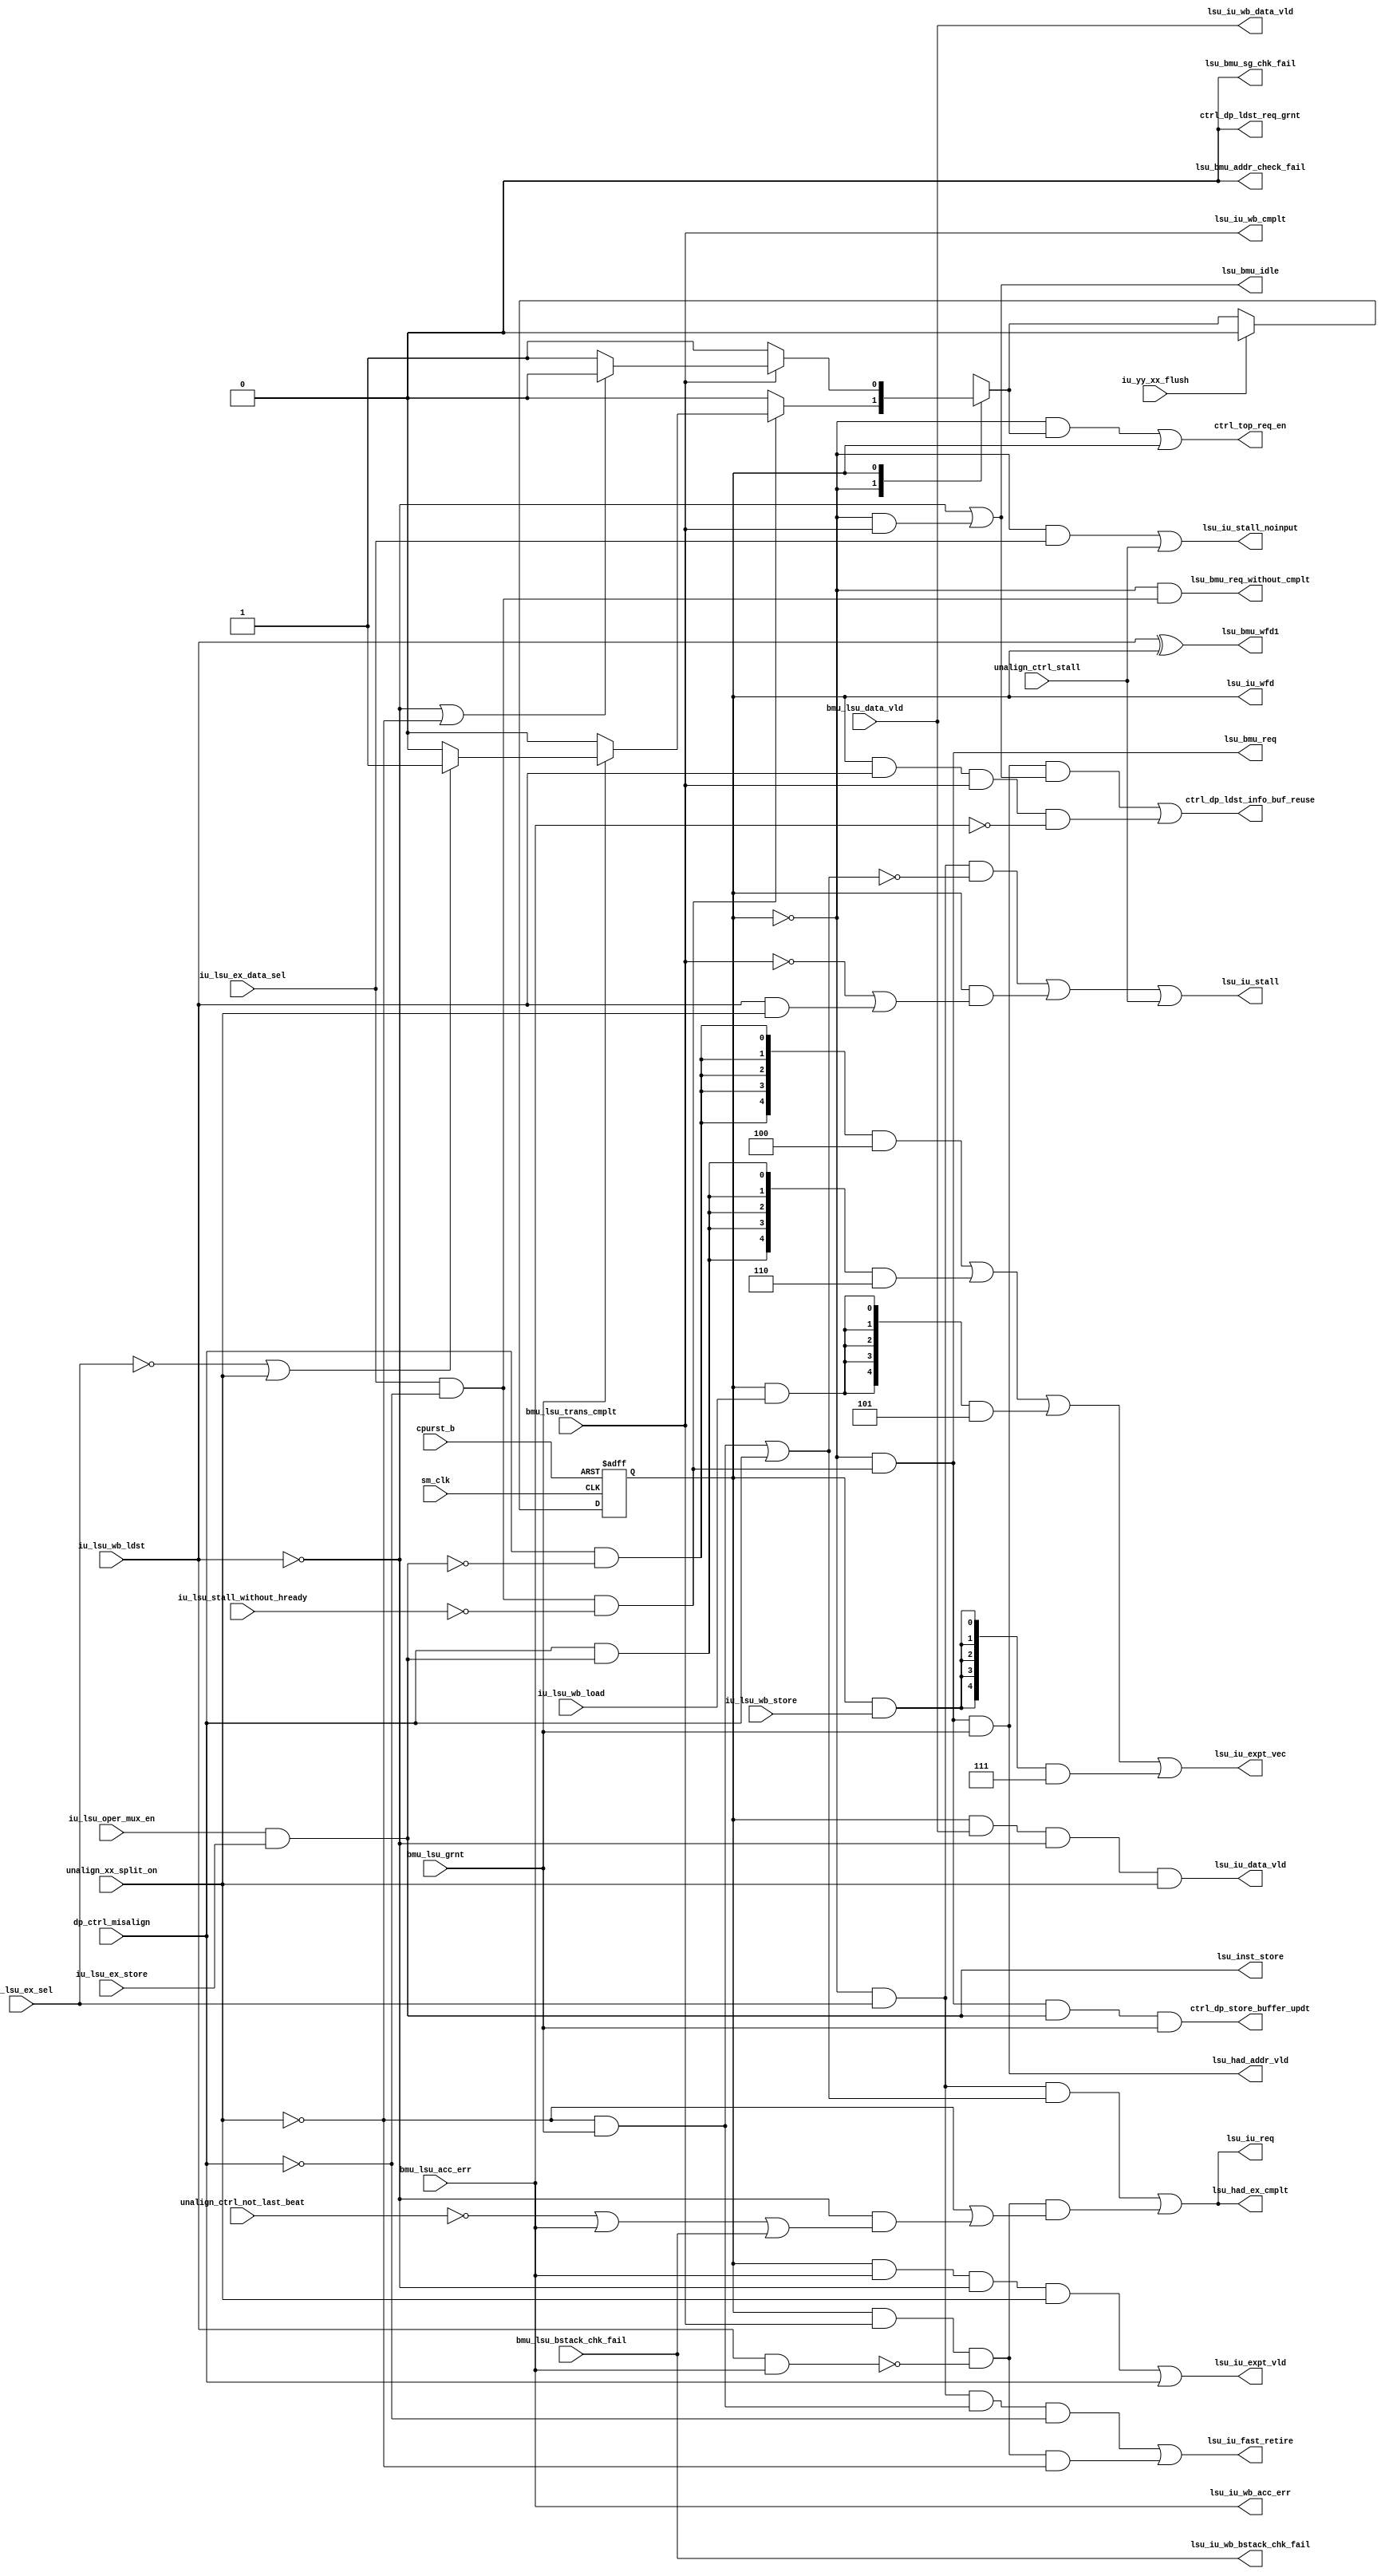
// This program was cloned from: https://github.com/T-head-Semi/opene902
// License: Apache License 2.0

/*Copyright 2018-2021 T-Head Semiconductor Co., Ltd.

Licensed under the Apache License, Version 2.0 (the "License");
you may not use this file except in compliance with the License.
You may obtain a copy of the License at

    http://www.apache.org/licenses/LICENSE-2.0

Unless required by applicable law or agreed to in writing, software
distributed under the License is distributed on an "AS IS" BASIS,
WITHOUT WARRANTIES OR CONDITIONS OF ANY KIND, either express or implied.
See the License for the specific language governing permissions and
limitations under the License.
*/

// &ModuleBeg; @22
module cr_lsu_ctrl(
  bmu_lsu_acc_err,
  bmu_lsu_bstack_chk_fail,
  bmu_lsu_data_vld,
  bmu_lsu_grnt,
  bmu_lsu_trans_cmplt,
  cpurst_b,
  ctrl_dp_ldst_info_buf_reuse,
  ctrl_dp_ldst_req_grnt,
  ctrl_dp_store_buffer_updt,
  ctrl_top_req_en,
  dp_ctrl_misalign,
  iu_lsu_ex_data_sel,
  iu_lsu_ex_sel,
  iu_lsu_ex_store,
  iu_lsu_oper_mux_en,
  iu_lsu_stall_without_hready,
  iu_lsu_wb_ldst,
  iu_lsu_wb_load,
  iu_lsu_wb_store,
  iu_yy_xx_flush,
  lsu_bmu_addr_check_fail,
  lsu_bmu_idle,
  lsu_bmu_req,
  lsu_bmu_req_without_cmplt,
  lsu_bmu_sg_chk_fail,
  lsu_bmu_wfd1,
  lsu_had_addr_vld,
  lsu_had_ex_cmplt,
  lsu_inst_store,
  lsu_iu_data_vld,
  lsu_iu_expt_vec,
  lsu_iu_expt_vld,
  lsu_iu_fast_retire,
  lsu_iu_req,
  lsu_iu_stall,
  lsu_iu_stall_noinput,
  lsu_iu_wb_acc_err,
  lsu_iu_wb_bstack_chk_fail,
  lsu_iu_wb_cmplt,
  lsu_iu_wb_data_vld,
  lsu_iu_wfd,
  sm_clk,
  unalign_ctrl_not_last_beat,
  unalign_ctrl_stall,
  unalign_xx_split_on
);

// &Ports; @23
input          bmu_lsu_acc_err;            
input          bmu_lsu_bstack_chk_fail;    
input          bmu_lsu_data_vld;           
input          bmu_lsu_grnt;               
input          bmu_lsu_trans_cmplt;        
input          cpurst_b;                   
input          dp_ctrl_misalign;           
input          iu_lsu_ex_data_sel;         
input          iu_lsu_ex_sel;              
input          iu_lsu_ex_store;            
input          iu_lsu_oper_mux_en;         
input          iu_lsu_stall_without_hready; 
input          iu_lsu_wb_ldst;             
input          iu_lsu_wb_load;             
input          iu_lsu_wb_store;            
input          iu_yy_xx_flush;             
input          sm_clk;                     
input          unalign_ctrl_not_last_beat; 
input          unalign_ctrl_stall;         
input          unalign_xx_split_on;        
output         ctrl_dp_ldst_info_buf_reuse; 
output         ctrl_dp_ldst_req_grnt;      
output         ctrl_dp_store_buffer_updt;  
output         ctrl_top_req_en;            
output         lsu_bmu_addr_check_fail;    
output         lsu_bmu_idle;               
output         lsu_bmu_req;                
output         lsu_bmu_req_without_cmplt;  
output         lsu_bmu_sg_chk_fail;        
output         lsu_bmu_wfd1;               
output         lsu_had_addr_vld;           
output         lsu_had_ex_cmplt;           
output         lsu_inst_store;             
output         lsu_iu_data_vld;            
output  [4:0]  lsu_iu_expt_vec;            
output         lsu_iu_expt_vld;            
output         lsu_iu_fast_retire;         
output         lsu_iu_req;                 
output         lsu_iu_stall;               
output         lsu_iu_stall_noinput;       
output         lsu_iu_wb_acc_err;          
output         lsu_iu_wb_bstack_chk_fail;  
output         lsu_iu_wb_cmplt;            
output         lsu_iu_wb_data_vld;         
output         lsu_iu_wfd;                 

// &Regs; @24
reg            cur_state;                  
reg            next_state;                 

// &Wires; @25
wire           bmu_lsu_acc_err;            
wire           bmu_lsu_bstack_chk_fail;    
wire           bmu_lsu_data_vld;           
wire           bmu_lsu_grnt;               
wire           bmu_lsu_trans_cmplt;        
wire           cpurst_b;                   
wire           ctrl_dp_ldst_info_buf_reuse; 
wire           ctrl_dp_ldst_req_grnt;      
wire           ctrl_dp_store_buffer_updt;  
wire           ctrl_top_req_en;            
wire           dp_ctrl_misalign;           
wire           fast_retire_grnt;           
wire           idle_retire;                
wire           iu_lsu_ex_data_sel;         
wire           iu_lsu_ex_sel;              
wire           iu_lsu_ex_store;            
wire           iu_lsu_oper_mux_en;         
wire           iu_lsu_stall_without_hready; 
wire           iu_lsu_wb_ldst;             
wire           iu_lsu_wb_load;             
wire           iu_lsu_wb_store;            
wire           iu_yy_xx_flush;             
wire           lsu_addr_chk_fail;          
wire           lsu_bmu_addr_check_fail;    
wire           lsu_bmu_idle;               
wire           lsu_bmu_req;                
wire           lsu_bmu_req_without_cmplt;  
wire           lsu_bmu_sg_chk_fail;        
wire           lsu_bmu_wfd1;               
wire           lsu_dbus_req;               
wire           lsu_fast_retire;            
wire           lsu_had_addr_vld;           
wire           lsu_had_ex_cmplt;           
wire           lsu_inst_store;             
wire           lsu_iu_data_vld;            
wire    [4:0]  lsu_iu_expt_vec;            
wire           lsu_iu_expt_vld;            
wire           lsu_iu_fast_retire;         
wire           lsu_iu_req;                 
wire           lsu_iu_req_wait_data;       
wire           lsu_iu_stall;               
wire           lsu_iu_stall_noinput;       
wire           lsu_iu_wb_acc_err;          
wire           lsu_iu_wb_bstack_chk_fail;  
wire           lsu_iu_wb_cmplt;            
wire           lsu_iu_wb_data_vld;         
wire           lsu_iu_wfd;                 
wire           lsu_sel_without_cmplt;      
wire           lsu_sel_without_hready;     
wire           lsu_trans_cmplt;            
wire           lsu_wb_acc_err;             
wire           sm_clk;                     
wire           unalign_ctrl_not_last_beat; 
wire           unalign_ctrl_stall;         
wire           unalign_xx_split_on;        


parameter IDLE       = 1'b0;
parameter WAIT_DATA  = 1'b1;

//==========================================================
//                 Instance of Gated Cell  
//==========================================================
assign ctrl_top_req_en = (cur_state == IDLE) && (next_state == WAIT_DATA)
                      || (cur_state != IDLE);
//&Instance("gated_clk_cell", "x_req_gated_clk");
// //&Connect(.clk_in      (forever_cpuclk), @36
// //         .external_en (1'b0), @37
// //         .global_en   (cp0_yy_clk_en), @38
// //         .module_en   (randclk_ctrl_req_mod_en_w2), @39
// //         .local_en    (req_en), @40
// //         .clk_out     (reqclk)); @41

// &Instance("gated_clk_cell", "x_bsp_gated_clk"); @48
// &Connect(.clk_in      (forever_cpuclk), @49
//          .external_en (1'b0), @50
//          .global_en   (cp0_yy_clk_en), @51
//          .module_en   (randclk_ctrl_bsp_mod_en_w2), @52
//          .local_en    (bsp_en), @53
//          .clk_out     (bspclk)); @54

parameter MISL_VEC=5'b00100, MISS_VEC=5'b00110,
          ACCL_VEC=5'b00101, ACCS_VEC=5'b00111;

//==========================================================
//               request to d-bus
//==========================================================

//-----------------------------------------------
// address check before request
//-----------------------------------------------
assign lsu_addr_chk_fail = 1'b0;

//-----------------------------------------------
// request control flow signals
//-----------------------------------------------
//assign lsu_sel = iu_lsu_ex_sel && !dp_ctrl_misalign;
assign lsu_sel_without_hready = iu_lsu_ex_data_sel && !dp_ctrl_misalign
                                && !iu_lsu_stall_without_hready;
assign lsu_bmu_addr_check_fail = lsu_addr_chk_fail;

assign lsu_sel_without_cmplt = iu_lsu_ex_data_sel && !dp_ctrl_misalign;

// &Force("output","lsu_inst_store"); @85
assign lsu_inst_store = iu_lsu_oper_mux_en && iu_lsu_ex_store;

assign lsu_fast_retire = !unalign_xx_split_on;

assign fast_retire_grnt = lsu_fast_retire && bmu_lsu_grnt;


//-----------------------------------------------
//   Handling the dbus request signals
//-----------------------------------------------

//-----------------------------------------------------
// Request the dbus until dbus acknowledge grant
//-----------------------------------------------------

//-------------------FSM of req logic-----------------
// State Description:
// IDLE       : no load/instruction or misalign
// WAIT_DATA  : wait transcmplt of dbus
//-----------------------------------------------------

always @(posedge sm_clk or negedge cpurst_b)
begin
  if(!cpurst_b)
    cur_state <= IDLE;
  else if(iu_yy_xx_flush)
    cur_state <= IDLE;
  else
    cur_state <= next_state;
end

// &CombBeg; @132
always @( cur_state
       or bmu_lsu_grnt
       or lsu_sel_without_hready
       or iu_lsu_ex_sel
       or lsu_fast_retire
       or iu_lsu_wb_ldst
       or lsu_trans_cmplt)
begin
  case(cur_state)
  IDLE       : if(lsu_sel_without_hready)
                 begin
                   if(bmu_lsu_grnt)
                     begin
                       if(!iu_lsu_ex_sel || !lsu_fast_retire)
                         next_state = WAIT_DATA;
                       else
                         next_state = IDLE;
                     end
                   else
                     next_state = IDLE;
                 end
               else
                 next_state = IDLE;
  WAIT_DATA  : if(lsu_trans_cmplt)
                 begin
                   if(!iu_lsu_wb_ldst || lsu_fast_retire)
                     next_state = IDLE;
                   else
                     next_state = WAIT_DATA;
                 end
               else
                 next_state = WAIT_DATA;
  default    :   next_state = IDLE;
  endcase
// &CombEnd; @159
end

//-------------------control signal by lpmd FSM-------------
assign lsu_trans_cmplt      = bmu_lsu_trans_cmplt;
//request signal will hold from LSU is selected without misalign
//in IDLE state, to bmu signal grant
assign lsu_dbus_req     = (cur_state == IDLE) && lsu_sel_without_hready;
assign lsu_bmu_req = lsu_dbus_req;
assign lsu_bmu_req_without_cmplt = (cur_state == IDLE) && lsu_sel_without_cmplt;
// &Force("output","lsu_bmu_idle"); @168
assign lsu_bmu_idle = !iu_lsu_wb_ldst || (cur_state == IDLE) && lsu_trans_cmplt;
assign lsu_bmu_wfd1 = iu_lsu_wb_ldst ^ (cur_state == WAIT_DATA);
// &Force("output","lsu_iu_expt_vec"); @175

//cmplt signal in IDLE state
assign idle_retire          = fast_retire_grnt || dp_ctrl_misalign;
//rbus request signal
// &Force("output","lsu_iu_req"); @181
assign lsu_iu_req           =    (cur_state == IDLE)
                                   && iu_lsu_ex_sel && idle_retire
                              || lsu_iu_req_wait_data;

//when WB has ldst and acc err happens, the ldst in EX will be invalid
assign lsu_wb_acc_err = iu_lsu_wb_ldst && bmu_lsu_acc_err; 
assign lsu_iu_req_wait_data  =   (cur_state == WAIT_DATA)
                                   && lsu_trans_cmplt 
                                   && !lsu_wb_acc_err
                                   && (lsu_fast_retire 
                                       || !iu_lsu_wb_ldst
                                          && (!unalign_ctrl_not_last_beat
                                              || bmu_lsu_acc_err
                                              || bmu_lsu_bstack_chk_fail)
                                      );

//the fast retire signal used to indicate lsu fast retire
// &Force("output","lsu_iu_fast_retire"); @200
assign lsu_iu_fast_retire   =   (cur_state == IDLE)
                                   && iu_lsu_ex_sel
                                   && fast_retire_grnt
                                   && !dp_ctrl_misalign
                             || (cur_state == WAIT_DATA)
                                   && lsu_trans_cmplt
                                   && !lsu_wb_acc_err
                                   && lsu_fast_retire;

//the buf reuse signal indicate the store buffer reuse which cannot fast retire
//unlike fast retire store, in this condition, the wb state machine does not
//wait for store transcmplt
assign ctrl_dp_store_buffer_updt   = lsu_dbus_req
                                     && lsu_inst_store 
                                     && bmu_lsu_grnt;
// &Force("output","ctrl_dp_ldst_info_buf_reuse"); @218
assign ctrl_dp_ldst_info_buf_reuse = lsu_dbus_req
                                       && bmu_lsu_grnt
                                       && lsu_bmu_idle
                                  || (cur_state == WAIT_DATA)
                                       && iu_lsu_wb_ldst
                                       && lsu_trans_cmplt
                                       && !bmu_lsu_acc_err;
assign ctrl_dp_ldst_req_grnt = 1'b0;

// &Force("output","ctrl_dp_ldst_info_buf_reuse"); @238



assign lsu_iu_stall         = (cur_state == IDLE)
                                 && iu_lsu_ex_sel && !idle_retire
//                           || (cur_state == WAIT_GRNT)
//                                 && !(bmu_lsu_grnt
//                                      && iu_lsu_ex_sel
//                                      && lsu_fast_retire)
                           || (cur_state == WAIT_DATA)
                                 && (!lsu_trans_cmplt
                                     || iu_lsu_wb_ldst && !lsu_fast_retire)
                           || unalign_ctrl_stall;
assign lsu_iu_stall_noinput = (cur_state == IDLE)
                                 && iu_lsu_ex_data_sel
                           || unalign_ctrl_stall;

assign lsu_iu_data_vld      = (cur_state == WAIT_DATA) 
                              && bmu_lsu_data_vld
                              && !iu_lsu_wb_ldst
                              && !lsu_fast_retire;

assign lsu_iu_expt_vld      = (cur_state == WAIT_DATA)
                              && bmu_lsu_acc_err
                              && !iu_lsu_wb_ldst
                              && !lsu_fast_retire
                           || dp_ctrl_misalign;

assign lsu_iu_expt_vec[4:0] = {5{dp_ctrl_misalign && !lsu_inst_store}} & MISL_VEC 
                            | {5{dp_ctrl_misalign &&  lsu_inst_store}} & MISS_VEC
                            | {5{cur_state && iu_lsu_wb_load}}         & ACCL_VEC 
                            | {5{cur_state && iu_lsu_wb_store}}        & ACCS_VEC;

assign lsu_iu_wfd = (cur_state == WAIT_DATA);


//==========================================================
//                    interface to had
//==========================================================
assign lsu_had_addr_vld   = lsu_dbus_req && bmu_lsu_grnt;
assign lsu_had_ex_cmplt   = lsu_iu_req;

//==========================================================
//          Complete signals for Write Back Buffer
//==========================================================
assign lsu_iu_wb_cmplt    = bmu_lsu_trans_cmplt;
assign lsu_iu_wb_data_vld = bmu_lsu_data_vld;
assign lsu_iu_wb_acc_err  = bmu_lsu_acc_err;
assign lsu_iu_wb_bstack_chk_fail = bmu_lsu_bstack_chk_fail;

assign lsu_bmu_sg_chk_fail  = 1'b0;

// &ModuleEnd; @344
endmodule